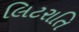
લિટરાતિ